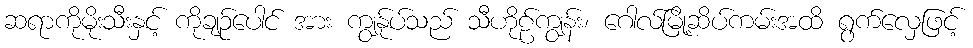
ဆရာကိုမိုးသီးနှင့် ကိုချဉ်ပေါင် အား ကျွန်ုပ်သည် သီဟိုဠ်ကျွန်း၊ ဂေါလ်မြို့ဆိပ်ကမ်းအထိ ရွက်လှေဖြင့်